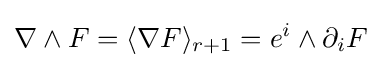
\nabla \wedge F=\langle \nabla F\rangle _{r+1}=e^{i}\wedge \partial _{i}F